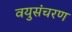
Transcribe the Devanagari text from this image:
वयुसंचरण